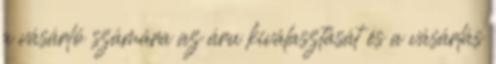
a vásárló számára az áru kiválasztását és a vásárlás